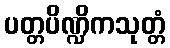
ပတ္တပိဏ္ဍိကသုတ္တံ